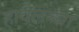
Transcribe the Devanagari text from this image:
हावेलच्या